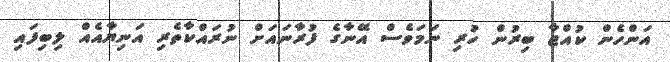
އަންހެން ކުއްޖާ ބިރުން ހުރި ނަމަވެސް އޭނާގެ ފުރާނައަށް ނުރައްކާތެރި އަނިޔާއެއް ލިބިފައި